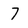
Character: 7